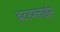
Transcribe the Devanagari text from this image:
बटरफ्लाईस